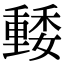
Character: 𡣢